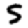
Digit: 5